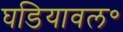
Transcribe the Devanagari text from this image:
घडियावल॰